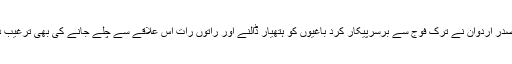
‘‘ صدر اردوان نے ترک فوج سے برسرپیکار کرد باغیوں کو ہتھیار ڈالنے اور راتوں رات اس علاقے سے چلے جانے کی بھی ترغیب دی۔